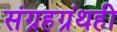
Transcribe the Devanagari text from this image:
संग्रहग्रंथही